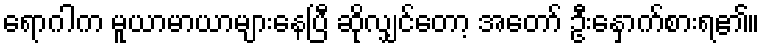
ရောဂါက မူယာမာယာများနေပြီ ဆိုလျှင်တော့ အတော် ဦးနှောက်စားရ၏။